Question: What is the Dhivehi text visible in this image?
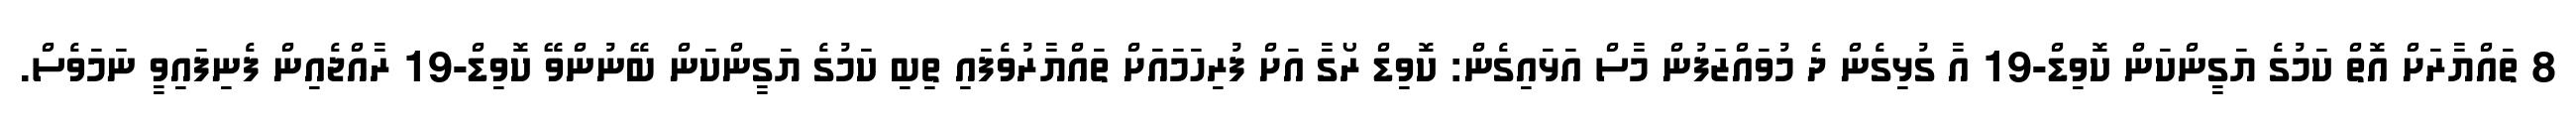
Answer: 8 ތައްޔާރަށް އޮތް ކަމުގެ ޔަގީންކަން ކޮވިޑް-19 އާ ގުޅިގެން ދެ މުވައްޒަފުން މާސް އަޅައިގެން: ކޮވިޑް ރޯގާ އަށް ފުރިހަމައަށް ތައްޔާރުވެފައި ތިބި ކަމުގެ ޔަގީންކަން ބޭނުންވޭ ކޮވިޑް-19 ރާއްޖެއިން ފެނިފައިވީ ނަމަވެސް.